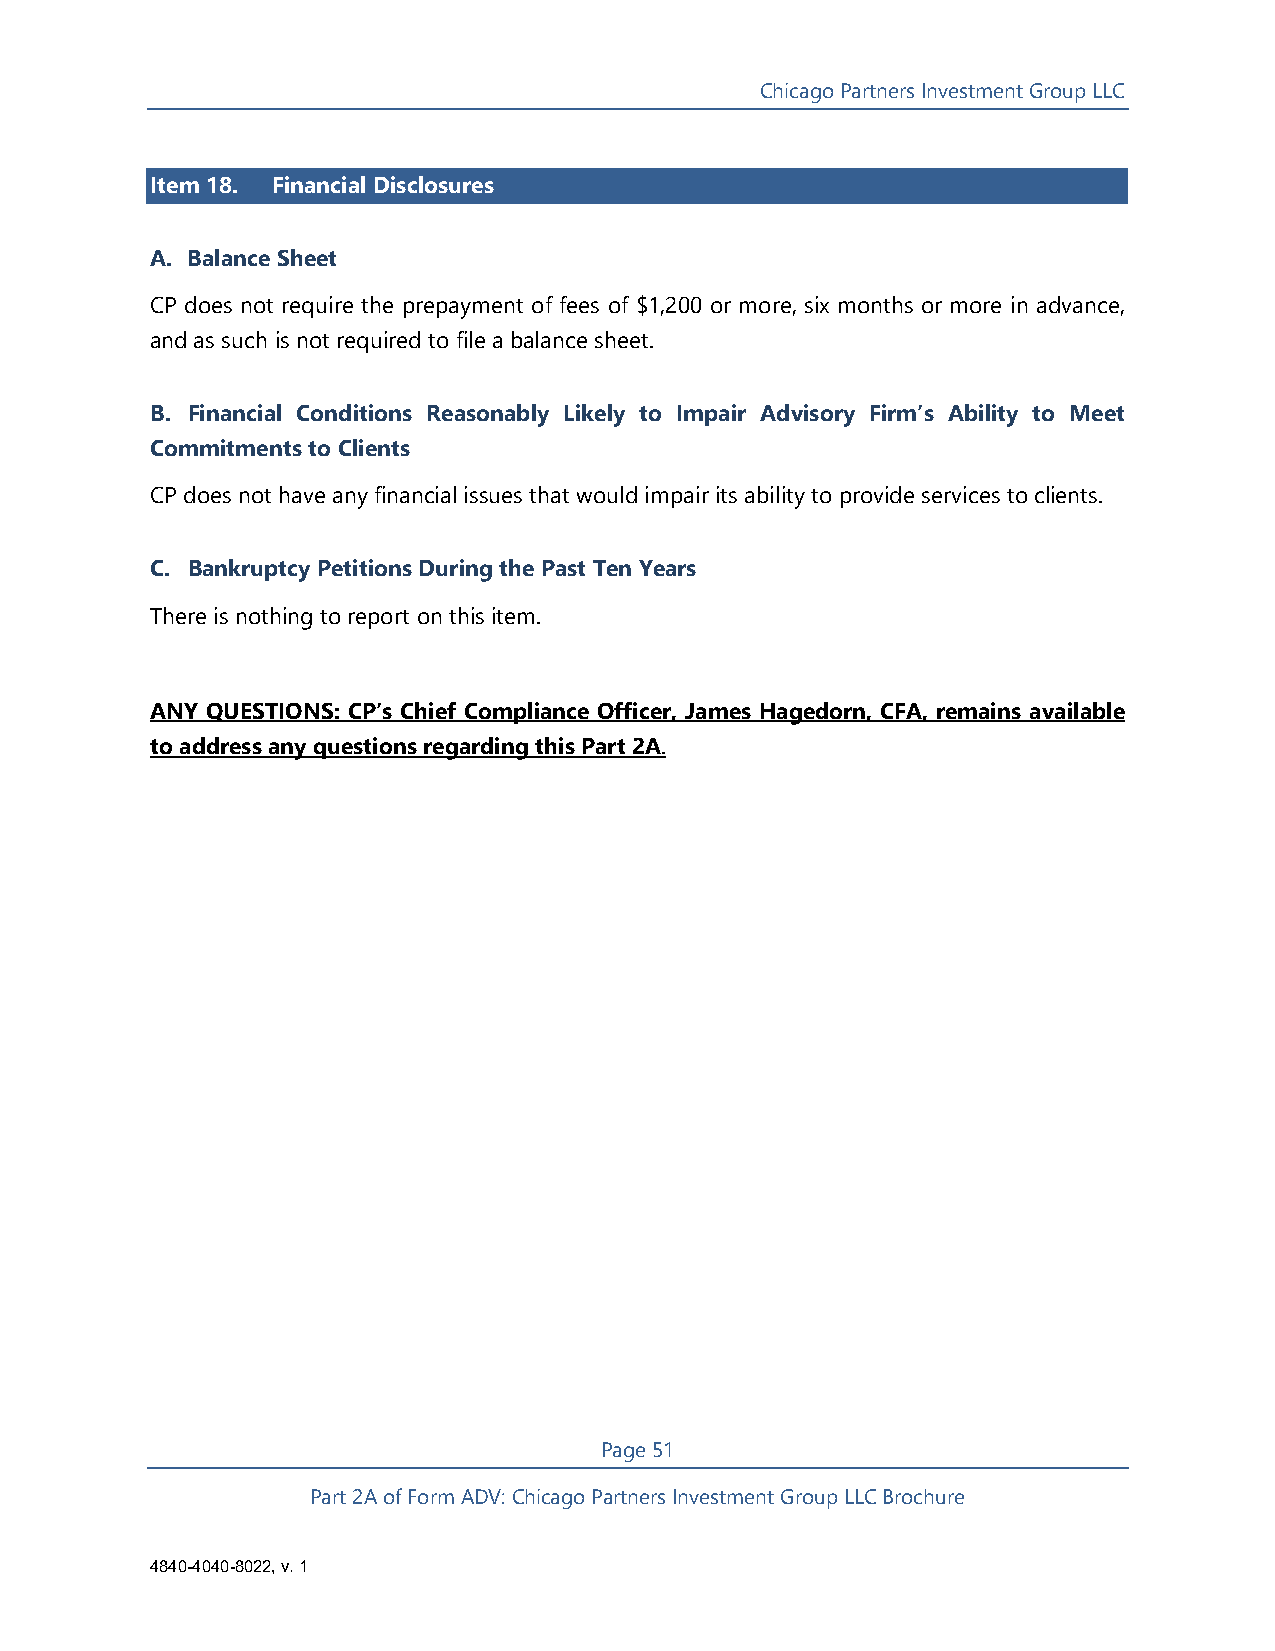
Chicago Partners Investment Group LLC
 Item 18. Financial Disclosures
 A. Balance Sheet
 CP does not require the prepayment of fees of $1,200 or more, six months or more in advance,
 and as such is not required to file a balance sheet.
 B. Financial Conditions Reasonably Likely to Impair Advisory Firm’s Ability to Meet
 Commitments to Clients
 CP does not have any financial issues that would impair its ability to provide services to clients.
 C. Bankruptcy Petitions During the Past Ten Years
 There is nothing to report on this item.
 ANY QUESTIONS: CP’s Chief Compliance Officer, James Hagedorn, CFA, remains available
 to address any questions regarding this Part 2A.
 Page 51
 Part 2A of Form ADV: Chicago Partners Investment Group LLC Brochure
 4840-4040-8022, v. 1